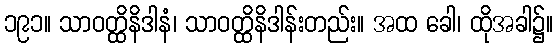
၁၉၁။ သာဝတ္ထိနိဒါနံ၊ သာဝတ္ထိနိဒါန်းတည်း။ အထ ခေါ၊ ထိုအခါ၌။